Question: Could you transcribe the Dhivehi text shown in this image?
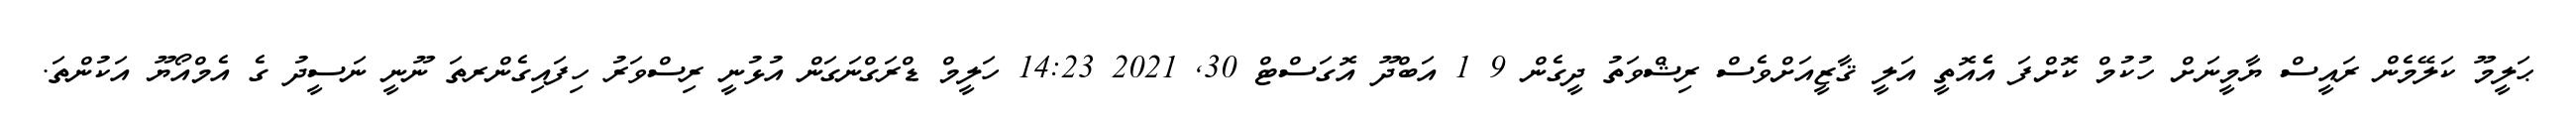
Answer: ޙަލީމޫ ކަލޭމެން ރައީސް ޔާމީނަށް ހުކުމް ކޮށްފަ އެެއޮތީ އަލީ ޤާޒީއަށްވެސް ރިޝްވަތު ދީގެން 9 1 އަބްދޫ އޮގަސްޓް 30, 2021 14:23 ހަލީމް ޑްރަގްނަގަން އުޅުނީ ރިސްވަރު ހިފައިގެންރތަ ނޫނީ ނަސީދު ގެ އެމްއޯޔޫ އަކުންތަ.